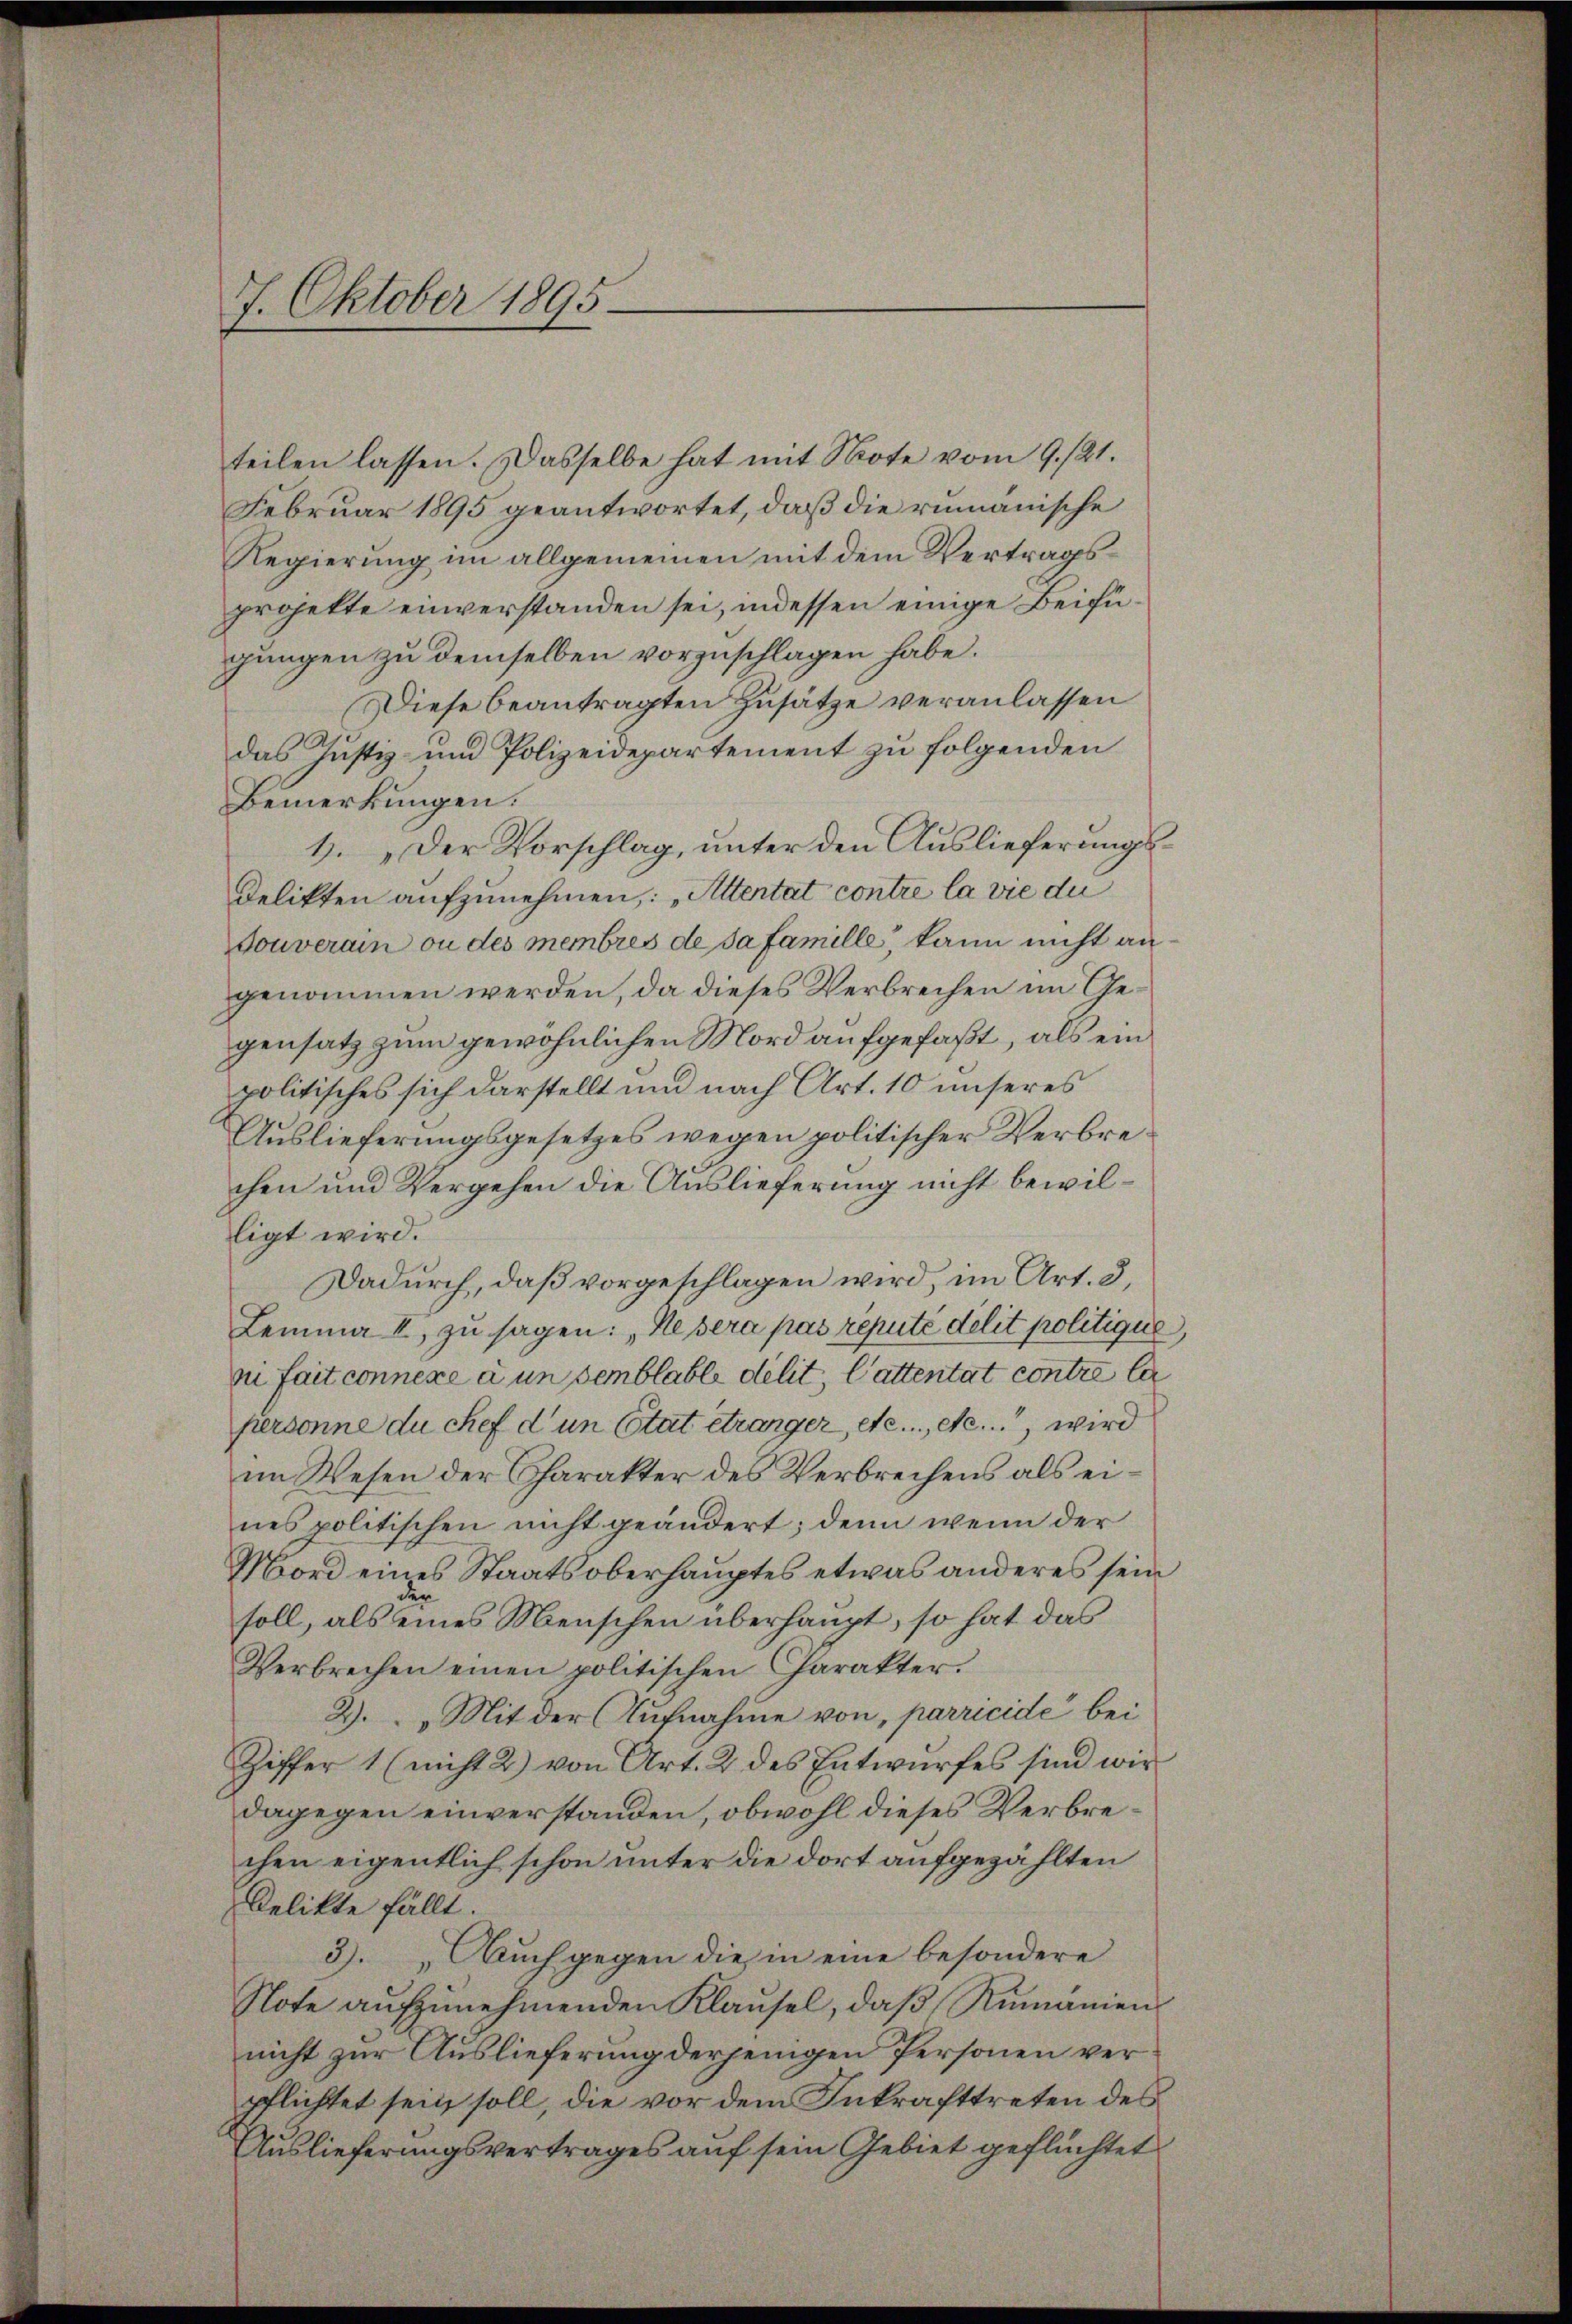
7. Oktober 1895

teilen lassen. Dasselbe hat mit Note vom 9./21.
Februar 1895 geantwortet, daß die rumänische
Regierung im allgemeinen mit dem Vertragsprojekte einverstanden sei, indessen einige Beifügungen zu demselben vorzuschlagen habe.
Diese beantragten Zusätze veranlassen
das Justiz- und Polizeidepartement zu folgenden
Bemerkungen.
1. „Der Vorschlag, unter den Auslieferungs¬
Delikten aufzunehmen,: „Altertat contre la vie du
Touverain ou des membres de sa famille, kann nicht angenommen werden, da dieses Verbrechen im Gegensatz zum gewöhnlichen Mord aufgefaßt, als ein
politisches sich darstellt und nach Art. 10 unseres
Auslieferungsgesetzes wegen politischer Verbrechen und Vergehen die Auslieferung nicht bewilligt wird.
Dadurch, daß vorgeschlagen wird, im Art. 3,
Lemma II zu sagen: „Ne sera pas réputé delit politique,
zu fait connexe à un semblable delis, Cattentat contre le
fiersonne du chef d un Etat etwanger, etc. etc., wird
im Wesen der Charakter des Verbrechens als eines politischen nicht geändert; denn wenn der
Mord eines Staatsoberhauptes etwas anderes sein
soll, als eines Menschen überhaupt, so hat das
Verbrechen einen politischen Charakter.
2. „Mit der Aufnahme von, parricide bei
Ziffer 1 (nicht 2) von Art. 2 des Entwurfes sind wir
dagegen einverstanden, obwohl dieses Verbrechen eigentlich schon unter die dort aufgezählten
Delikte fällt.
3). Auch gegen die in eine besondere
Note aufzunehmenden Klausel, daß Rumanien
nicht zur Auslieferung derjenigen Personen verpflichtet sein soll, die vor dem Inkrafttreten des
Auslieferungsvertrages auf sein Gebiet geflüchtet